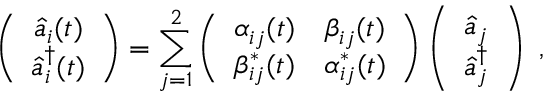
\left( \begin{array} { c } { { \hat { a } _ { i } ( t ) } } \\ { { \hat { a } _ { i } ^ { \dag } ( t ) } } \end{array} \right) = \sum _ { j = 1 } ^ { 2 } \left( \begin{array} { c c } { { \alpha _ { i j } ( t ) } } & { { \beta _ { i j } ( t ) } } \\ { { \beta _ { i j } ^ { \ast } ( t ) } } & { { \alpha _ { i j } ^ { \ast } ( t ) } } \end{array} \right) \left( \begin{array} { c } { { \hat { a } _ { j } } } \\ { { \hat { a } _ { j } ^ { \dag } } } \end{array} \right) \; ,